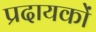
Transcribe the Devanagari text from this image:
प्रदायकों